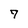
Character: 7